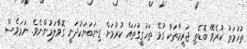
ތުހުމަތު ކުރެވޭ ބޮޑެތި ޖަރީމާތަކާ ގުޅޭ ތަހުގީގުތައް ކުރުމަށް ގިނަބަޔަކުދަނީ ގޮވާލަމުންނެވެ. ނަމަވެސް